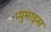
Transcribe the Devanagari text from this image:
प्युमाइस